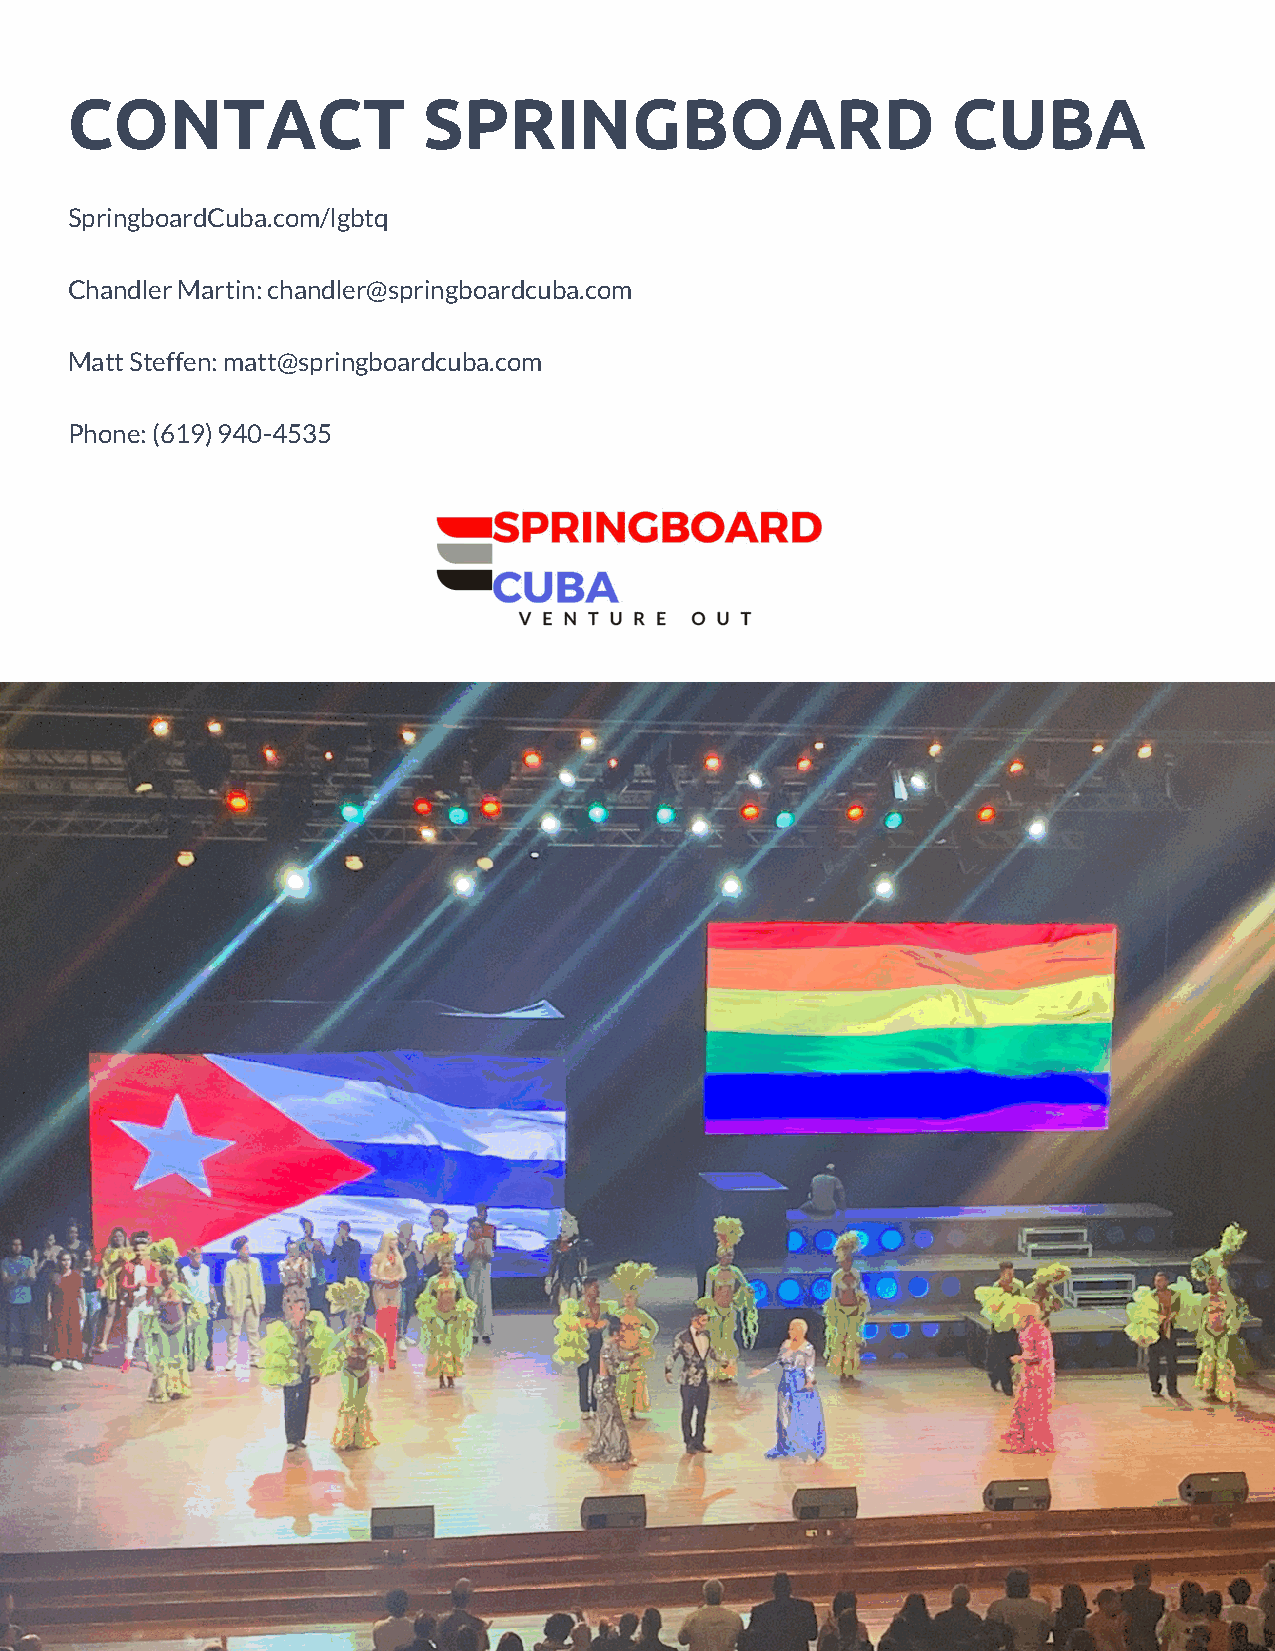
CONTACT                 SPRINGBOARD                        CUBA
 SpringboardCuba.com/lgbtq
 Chandler Martin: chandler@springboardcuba.com
 Matt Steffen: matt@springboardcuba.com
 Phone: (619) 940-4535